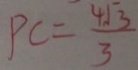
P C = \frac { 4 \sqrt { 3 } } { 3 }